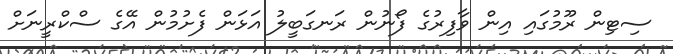
ސިޓިން ރޫމުގައި އިން ވާފިރުގެ ފޯނުން ރަނގަބީލު އަޅަން ފެށުމުން އޭގެ ސްކްރީނަށް